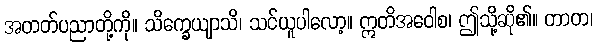
အတတ်ပညာတို့ကို။ သိက္ခေယျာသိ၊ သင်ယူပါလော့။ ဣတိအဝေါစ၊ ဤသို့ဆို၏။ တာတ၊